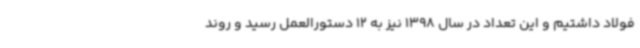
فولاد داشتیم و این تعداد در سال 1398 نیز به 12 دستورالعمل رسید و روند